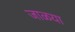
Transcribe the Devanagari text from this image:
जाळया